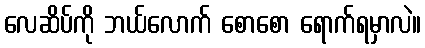
လေဆိပ်ကို ဘယ်လောက် စောစော ရောက်ရမှာလဲ။